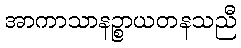
အာကာသာနဉ္စာယတနသညီ